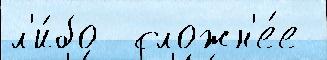
л'и́бо  сложн'е́е